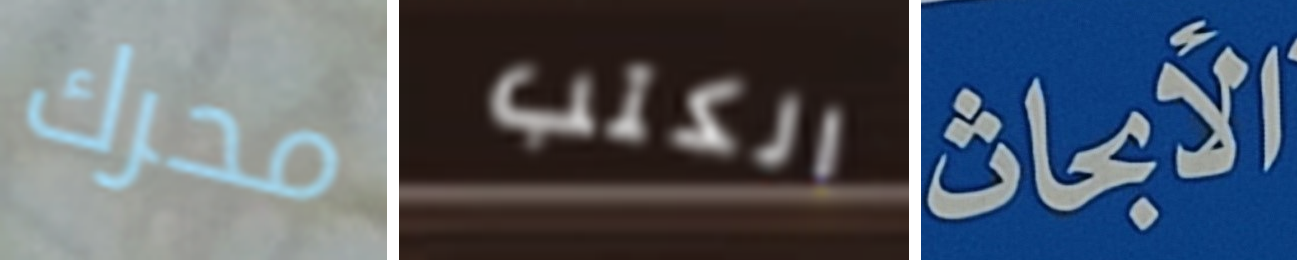
محرك الكتب الأبحاث